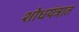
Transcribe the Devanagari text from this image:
शोधयंत्रात